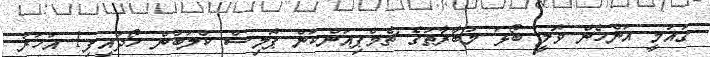
ގައުމީ އަންހެން ވޮލީ ބޯޅަ މުބާރާތުގެ ޗެމްޕިއަންކަން ޕޮލިސް ކްލަބުން ހޯދައިފި1 އަހަރު